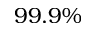
9 9 . 9 \%